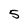
Character: 5